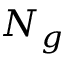
N _ { g }